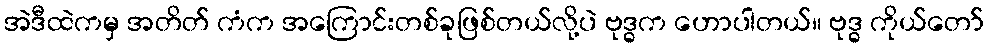
အဲဒီထဲကမှ အတိတ် ကံက အကြောင်းတစ်ခုဖြစ်တယ်လို့ပဲ ဗုဒ္ဓက ဟောပါတယ်။ ဗုဒ္ဓ ကိုယ်တော်